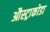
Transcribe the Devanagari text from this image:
औस्ट्राकोडा